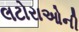
લટોરાઓની